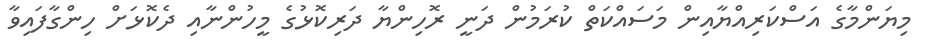
މިޔަންމާގެ އަސްކަރިއްޔާއިން މަސައްކަތް ކުރަމުން ދަނީ ރޮހިންޔާ ދަރިކޮޅުގެ މީހުންނާއި ދެކޮޅަށް ހިންގާފައިވާ